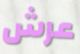
عرش